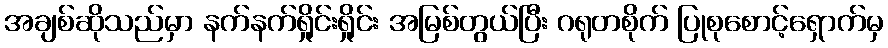
အချစ်ဆိုသည်မှာ နက်နက်ရှိုင်းရှိုင်း အမြစ်တွယ်ပြီး ဂရုတစိုက် ပြုစုစောင့်ရှောက်မှ